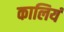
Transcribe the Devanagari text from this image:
कालियं